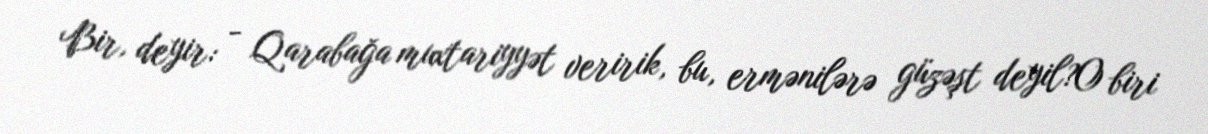
Bir, deyir: - Qarabağa muxtariyyət veririk, bu, ermənilərə güzəşt deyil?O biri